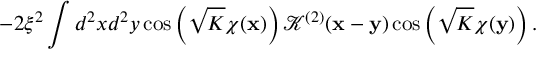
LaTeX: - 2 \xi ^ { 2 } \int d ^ { 2 } x d ^ { 2 } y \cos \left( \sqrt { K } \chi ( { \bf x } ) \right) { \mathcal K } ^ { ( 2 ) } ( { \bf x } - { \bf y } ) \cos \left( \sqrt { K } \chi ( { \bf y } ) \right) .